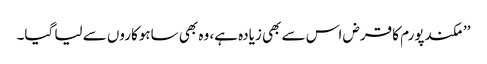
’’مکندپورم کا قرض اس سے بھی زیادہ ہے، وہ بھی ساہوکاروں سے لیا گیا۔